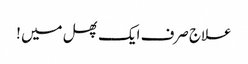
علاج صرف ایک پھل میں !